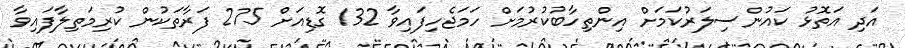
އަދި އަތޮޅު ކައުންސިލަރުކަމަށް އިންތިހާބުކުރުމަށް ހަމަޖެހިފައިވާ 132 ގޮޑިއަށް 275 ފަރާތަކުން ކުރިމަތިލާފައިވާ